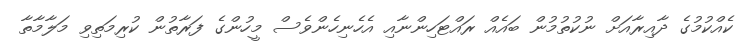
ކެއްކުމުގެ ދާއިރާއަށް ނުކުތުމުން ބައެއް ރައްޓަހިންނާއި އެހެނިހެންވެސް މީހުންގެ ފަރާތުން ކުރިމަތިވި މަލާމާތާ